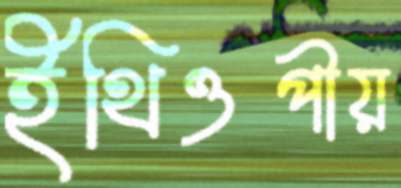
ইথিওপীয়